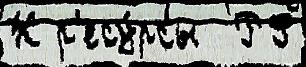
К р'есу́рсы  РФ